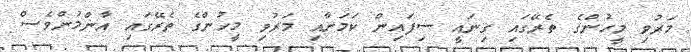
މަރުވި މީހުންގެ ތެރޭގައި ގިނައީ ސިފައިން ކަމަށާއި މަރުވި މީހުންގެ ތެރޭގައި އާންމުންވެސް